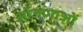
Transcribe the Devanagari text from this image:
आँजणाओं